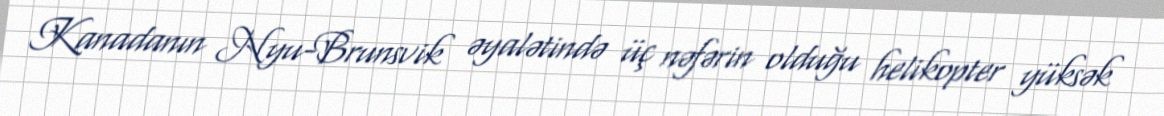
Kanadanın Nyu-Brunsvik əyalətində üç nəfərin olduğu helikopter yüksək